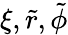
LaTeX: \xi,\tilde{r},\tilde{\phi}